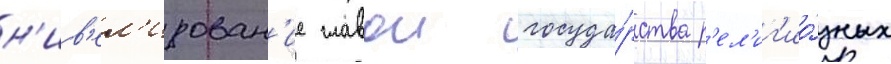
н'ив'ел'ирован'ие главои госуда́рства р'ел'иг'ио́зных